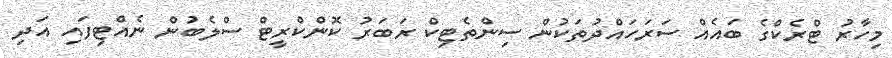
މިހާރު ޓްރެކްގެ ބައެއް ސަރަހައްދުތަކުން ސިންތެޓިކް ރަބަރު ކޮންކްރީޓް ސްލެބުން ނެއްޓިފައި އަދި